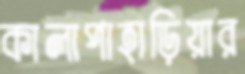
কালাপাহাড়িয়ার